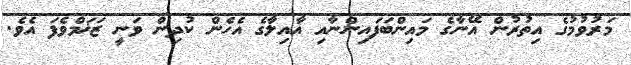
މަރުވުުމުގެ އިތުރުން އޭނާގެ މައިންބަފައިންނާއި އާއިލާގެ އެހެން ކުދިން ވަނީ ޒަޚަމްވެފަ އެވެ.